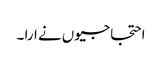
احتجاجیوں نے ارا ۔